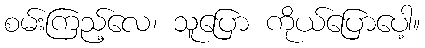
စမ်းကြည့်လေ၊ သူပြော ကိုယ်ပြောပေါ့။